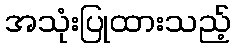
အသုံးပြုထားသည့်